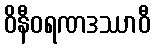
ဝိနီဝရဏဒဿာဝီ